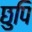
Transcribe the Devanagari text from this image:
छुपि